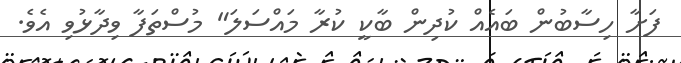
ފަށާ ހިސާބުން ބައެއް ކުދިން ބާކީ ކުރާ މައްސަލަ" މުސްތަފާ ވިދާޅުވި އެވެ.